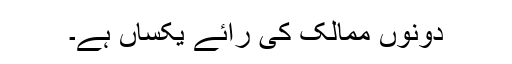
دونوں ممالک کی رائے یکساں ہے۔